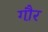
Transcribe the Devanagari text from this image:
गौ़र